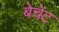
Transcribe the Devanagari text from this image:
बेचेट